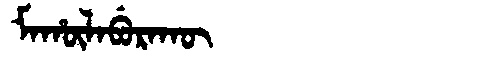
Manchu: ᠮᠠᡥᡡᠯᠠᠪᡠᡵᠠᡴᡡ
Romanization: MAHŪLABURAKŪ